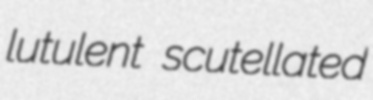
lutulent scutellated